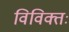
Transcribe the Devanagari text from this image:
विविक्तः